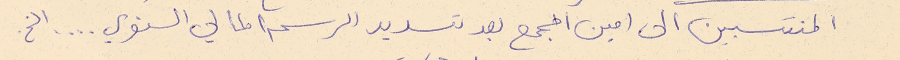
المنتسبين الى امين المجمع بعد تسديد الرسم المالي السنوي .... الخ.